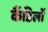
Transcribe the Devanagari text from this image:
कैंडिलों